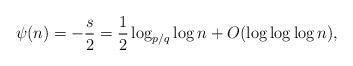
LaTeX: \begin{align*}\psi(n) = -\frac{s}{2} = \frac{1}{2}\log_{p/q}\log n + O(\log\log\log n),\end{align*}